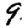
Digit: 9